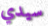
سيدي